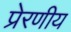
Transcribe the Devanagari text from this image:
प्रेरणीय